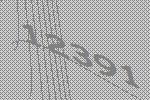
12391